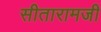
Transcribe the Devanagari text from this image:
सीतारामजी